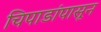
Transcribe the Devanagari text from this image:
चिपाडांपासून